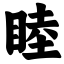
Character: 睦